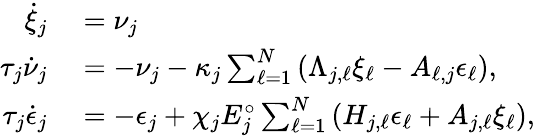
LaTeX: \begin{array}{rl}{\dot{\xi}_{j}}&{{}=\nu_{j}}\\ {\tau_{j}\dot{\nu}_{j}}&{{}=-\nu_{j}-\kappa_{j}\sum_{\ell=1}^{N}\left(\Lambda_{j,\ell}\xi_{\ell}-A_{\ell,j}\epsilon_{\ell}\right),}\\ {\tau_{j}\dot{\epsilon}_{j}}&{{}=-\epsilon_{j}+\chi_{j}E_{j}^{\circ}\sum_{\ell=1}^{N}\left(H_{j,\ell}\epsilon_{\ell}+A_{j,\ell}\xi_{\ell}\right),}\end{array}